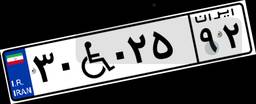
۳۰W۰۲۵۹۲